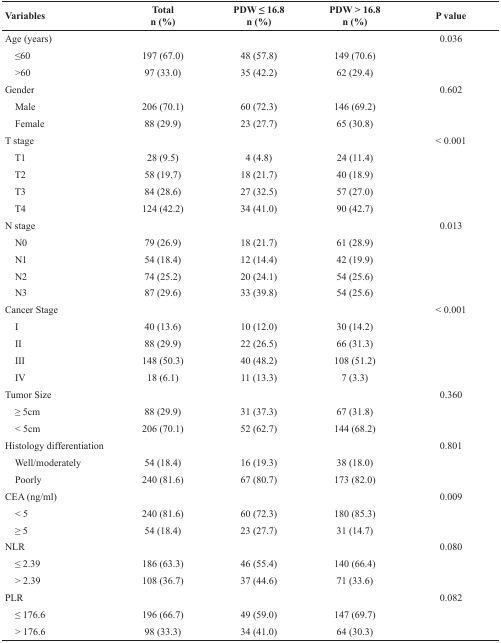
<table><thead><tr><td><b>Variables</b></td><td><b>Totaln (%)</b></td><td><b>PDW ≤ 16.8n (%)</b></td><td><b>PDW &gt; 16.8n (%)</b></td><td><b>P value</b></td></tr></thead><tbody><tr><td>Age (years)</td><td></td><td></td><td></td><td>0.036</td></tr><tr><td> ≤60</td><td>197 (67.0)</td><td>48 (57.8)</td><td>149 (70.6)</td><td></td></tr><tr><td> &gt;60</td><td>97 (33.0)</td><td>35 (42.2)</td><td>62 (29.4)</td><td></td></tr><tr><td>Gender</td><td></td><td></td><td></td><td>0.602</td></tr><tr><td> Male</td><td>206 (70.1)</td><td>60 (72.3)</td><td>146 (69.2)</td><td></td></tr><tr><td> Female</td><td>88 (29.9)</td><td>23 (27.7)</td><td>65 (30.8)</td><td></td></tr><tr><td>T stage</td><td></td><td></td><td></td><td>&lt; 0.001</td></tr><tr><td> T1</td><td>28 (9.5)</td><td>4 (4.8)</td><td>24 (11.4)</td><td></td></tr><tr><td> T2</td><td>58 (19.7)</td><td>18 (21.7)</td><td>40 (18.9)</td><td></td></tr><tr><td> T3</td><td>84 (28.6)</td><td>27 (32.5)</td><td>57 (27.0)</td><td></td></tr><tr><td> T4</td><td>124 (42.2)</td><td>34 (41.0)</td><td>90 (42.7)</td><td></td></tr><tr><td>N stage</td><td></td><td></td><td></td><td>0.013</td></tr><tr><td> N0</td><td>79 (26.9)</td><td>18 (21.7)</td><td>61 (28.9)</td><td></td></tr><tr><td> N1</td><td>54 (18.4)</td><td>12 (14.4)</td><td>42 (19.9)</td><td></td></tr><tr><td> N2</td><td>74 (25.2)</td><td>20 (24.1)</td><td>54 (25.6)</td><td></td></tr><tr><td> N3</td><td>87 (29.6)</td><td>33 (39.8)</td><td>54 (25.6)</td><td></td></tr><tr><td>Cancer Stage</td><td></td><td></td><td></td><td>&lt; 0.001</td></tr><tr><td> I</td><td>40 (13.6)</td><td>10 (12.0)</td><td>30 (14.2)</td><td></td></tr><tr><td> II</td><td>88 (29.9)</td><td>22 (26.5)</td><td>66 (31.3)</td><td></td></tr><tr><td> III</td><td>148 (50.3)</td><td>40 (48.2)</td><td>108 (51.2)</td><td></td></tr><tr><td> IV</td><td>18 (6.1)</td><td>11 (13.3)</td><td>7 (3.3)</td><td></td></tr><tr><td>Tumor Size</td><td></td><td></td><td></td><td>0.360</td></tr><tr><td> ≥ 5cm</td><td>88 (29.9)</td><td>31 (37.3)</td><td>67 (31.8)</td><td></td></tr><tr><td> &lt; 5cm</td><td>206 (70.1)</td><td>52 (62.7)</td><td>144 (68.2)</td><td></td></tr><tr><td>Histology differentiation</td><td></td><td></td><td></td><td>0.801</td></tr><tr><td> Well/moderately</td><td>54 (18.4)</td><td>16 (19.3)</td><td>38 (18.0)</td><td></td></tr><tr><td> Poorly</td><td>240 (81.6)</td><td>67 (80.7)</td><td>173 (82.0)</td><td></td></tr><tr><td>CEA (ng/ml)</td><td></td><td></td><td></td><td>0.009</td></tr><tr><td> &lt; 5</td><td>240 (81.6)</td><td>60 (72.3)</td><td>180 (85.3)</td><td></td></tr><tr><td> ≥ 5</td><td>54 (18.4)</td><td>23 (27.7)</td><td>31 (14.7)</td><td></td></tr><tr><td>NLR</td><td></td><td></td><td></td><td>0.080</td></tr><tr><td> ≤ 2.39</td><td>186 (63.3)</td><td>46 (55.4)</td><td>140 (66.4)</td><td></td></tr><tr><td> &gt; 2.39</td><td>108 (36.7)</td><td>37 (44.6)</td><td>71 (33.6)</td><td></td></tr><tr><td>PLR</td><td></td><td></td><td></td><td>0.082</td></tr><tr><td> ≤ 176.6</td><td>196 (66.7)</td><td>49 (59.0)</td><td>147 (69.7)</td><td></td></tr><tr><td> &gt; 176.6</td><td>98 (33.3)</td><td>34 (41.0)</td><td>64 (30.3)</td><td></td></tr></tbody></table>